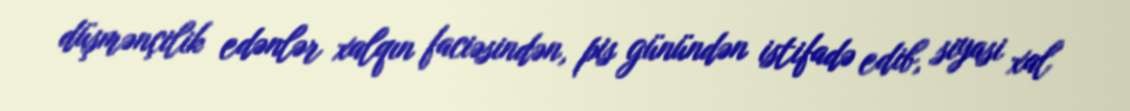
düşmənçilik edənlər xalqın faciəsindən, pis günündən istifadə edib, siyasi xal